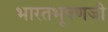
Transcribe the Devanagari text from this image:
भारतभूषणजी